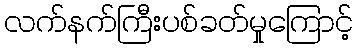
လက်နက်ကြီးပစ်ခတ်မှုကြောင့်